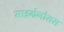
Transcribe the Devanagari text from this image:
माइग्रेनोसस